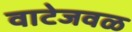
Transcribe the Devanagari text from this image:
वाटेजवळ